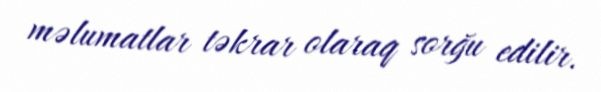
məlumatlar təkrar olaraq sorğu edilir.